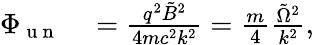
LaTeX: \begin{array}{rl}{\Phi_{\mathrm{~u~n~}}}&{{}=\frac{q^{2}\tilde{B}^{2}}{4mc^{2}k^{2}}=\frac{m}{4}\frac{\tilde{\Omega}^{2}}{k^{2}},}\end{array}